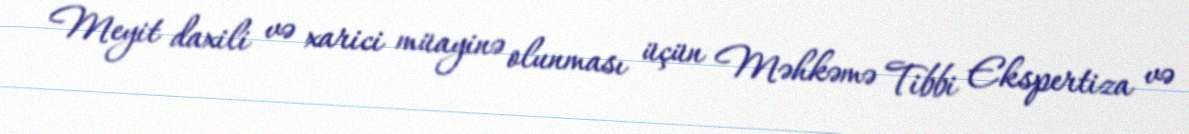
Meyit daxili və xarici müayinə olunması üçün Məhkəmə Tibbi Ekspertiza və